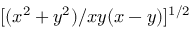
[ ( x ^ { 2 } + y ^ { 2 } ) / x y ( x - y ) ] ^ { 1 / 2 }